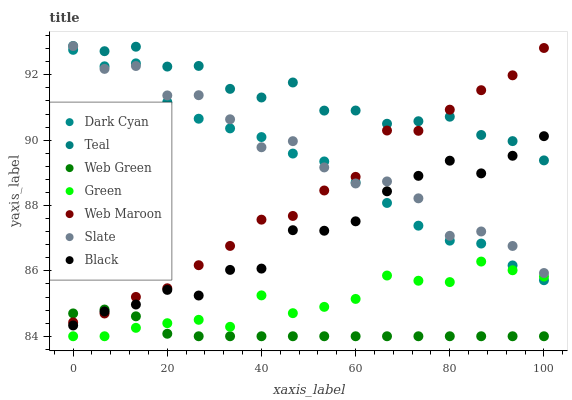
| xaxis_label | Dark Cyan | Teal | Web Green | Green | Web Maroon | Slate | Black |
 | --- | --- | --- | --- | --- | --- | --- | --- |
 | 0 | 92.8 | 92.9 | 84.7 | 84 | 84.4 | 92.9 | 84.3 |
 | 6.67 | 92.3 | 92.7 | 84.8 | 84 | 84.7 | 92.2 | 84.8 |
 | 13.3 | 92.4 | 92.9 | 84.6 | 84.3 | 85.2 | 92.3 | 85 |
 | 20 | 91.2 | 92.3 | 84.1 | 84.4 | 85.5 | 91.4 | 85.4 |
 | 26.7 | 90.7 | 92.3 | 84 | 84.5 | 86.2 | 91.4 | 85.2 |
 | 33.3 | 90.4 | 91.6 | 84 | 84.3 | 86.8 | 90.6 | 86 |
 | 40 | 90.1 | 91.3 | 84 | 85.3 | 87.6 | 89.8 | 86.1 |
 | 46.7 | 89.6 | 91.8 | 84 | 84.7 | 87.7 | 90 | 87.2 |
 | 53.3 | 89.3 | 90.9 | 84 | 84.9 | 88.5 | 89.2 | 87.2 |
 | 60 | 88.7 | 90.9 | 84 | 85.1 | 88.9 | 88.7 | 87.5 |
 | 66.7 | 88.1 | 90.5 | 84 | 85.9 | 90.3 | 88.7 | 88.4 |
 | 73.3 | 87.4 | 90.6 | 84 | 85.7 | 90.3 | 88.2 | 88.9 |
 | 80 | 86.9 | 90.7 | 84 | 85.7 | 90.9 | 87.1 | 89.4 |
 | 86.7 | 86.8 | 90.2 | 84 | 86.3 | 91.5 | 87.2 | 89 |
 | 93.3 | 86.2 | 90 | 84 | 86 | 92 | 86.8 | 89.5 |
 | 100 | 85.7 | 89.4 | 84 | 85.8 | 92.8 | 85.9 | 90.1 |